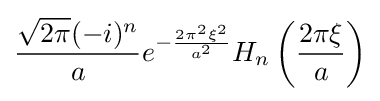
{\frac {{\sqrt {2\pi }}(-i)^{n}}{a}}e^{-{\frac {2\pi ^{2}\xi ^{2}}{a^{2}}}}H_{n}\left({\frac {2\pi \xi }{a}}\right)